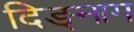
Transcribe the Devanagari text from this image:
दिङ्‌नाग